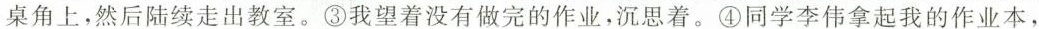
桌角上，然后陆续走出教室。③我望着没有做完的作业，沉思着。④同学李伟拿起我的作业本，